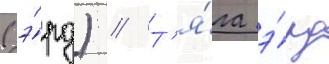
(э́рд) // Т'я́га э́рд